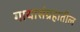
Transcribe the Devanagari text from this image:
गाथासंग्रहातील